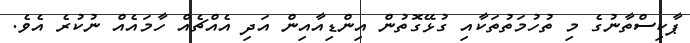
ޕާކިސްތާނުގެ މި ތުހުމަތުތަކާއި ގުުޅޭގޮތުން އިންޑިއާއިން އަދި އެއްޗެއް ހާމައެއް ނުކުރެ އެވެ.